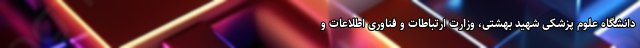
دانشگاه علوم پزشکی شهید بهشتی، وزارت ارتباطات و فناوری اطلاعات و